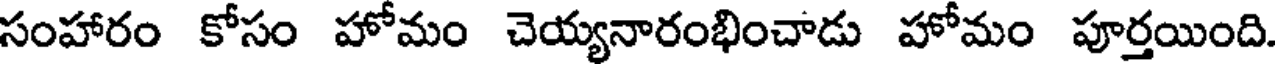
సంహారం కోసం హోమం చెయ్యనారంభించాడు హోమం పూర్తయింది